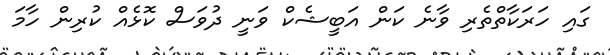
ގައި ހަރަކާތްތެރި ވާނެ ކަން އަބީޝެކް ވަނީ ދުވަސް ކޮޅެއް ކުރިން ހާމަ